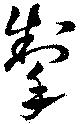
掣